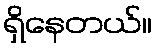
ရှိနေတယ်။